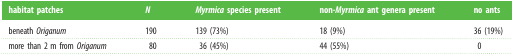
| habitat patches | N | Myrmica species present | non-Myrmica ant genera present | no ants |
 | --- | --- | --- | --- | --- |
 | beneath Origanum | 190 | 139 (73%) | 18 (9%) | 36 (19%) |
 | more than 2 m from Origanum | 80 | 36 (45%) | 44 (55%) | 0 |